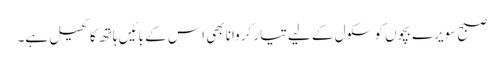
صبح سویرے بچوں کو سکول کے لیے تیار کروانا بھی اِس کے بائیں ہاتھ کا کھیل ہے۔